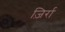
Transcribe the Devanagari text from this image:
ज़िर्रा